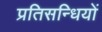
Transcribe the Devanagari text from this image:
प्रतिसन्धियों